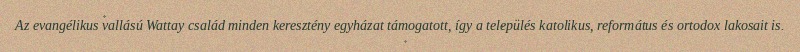
Az evangélikus vallású Wattay család minden keresztény egyházat támogatott, így a település katolikus, református és ortodox lakosait is.